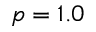
p = 1 . 0